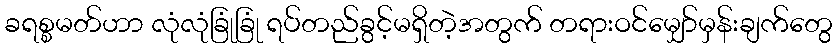
ခရစ္စမတ်ဟာ လုံလုံခြုံခြုံ ရပ်တည်ခွင့်မရှိတဲ့အတွက် တရားဝင်မျှော်မှန်းချက်တွေ